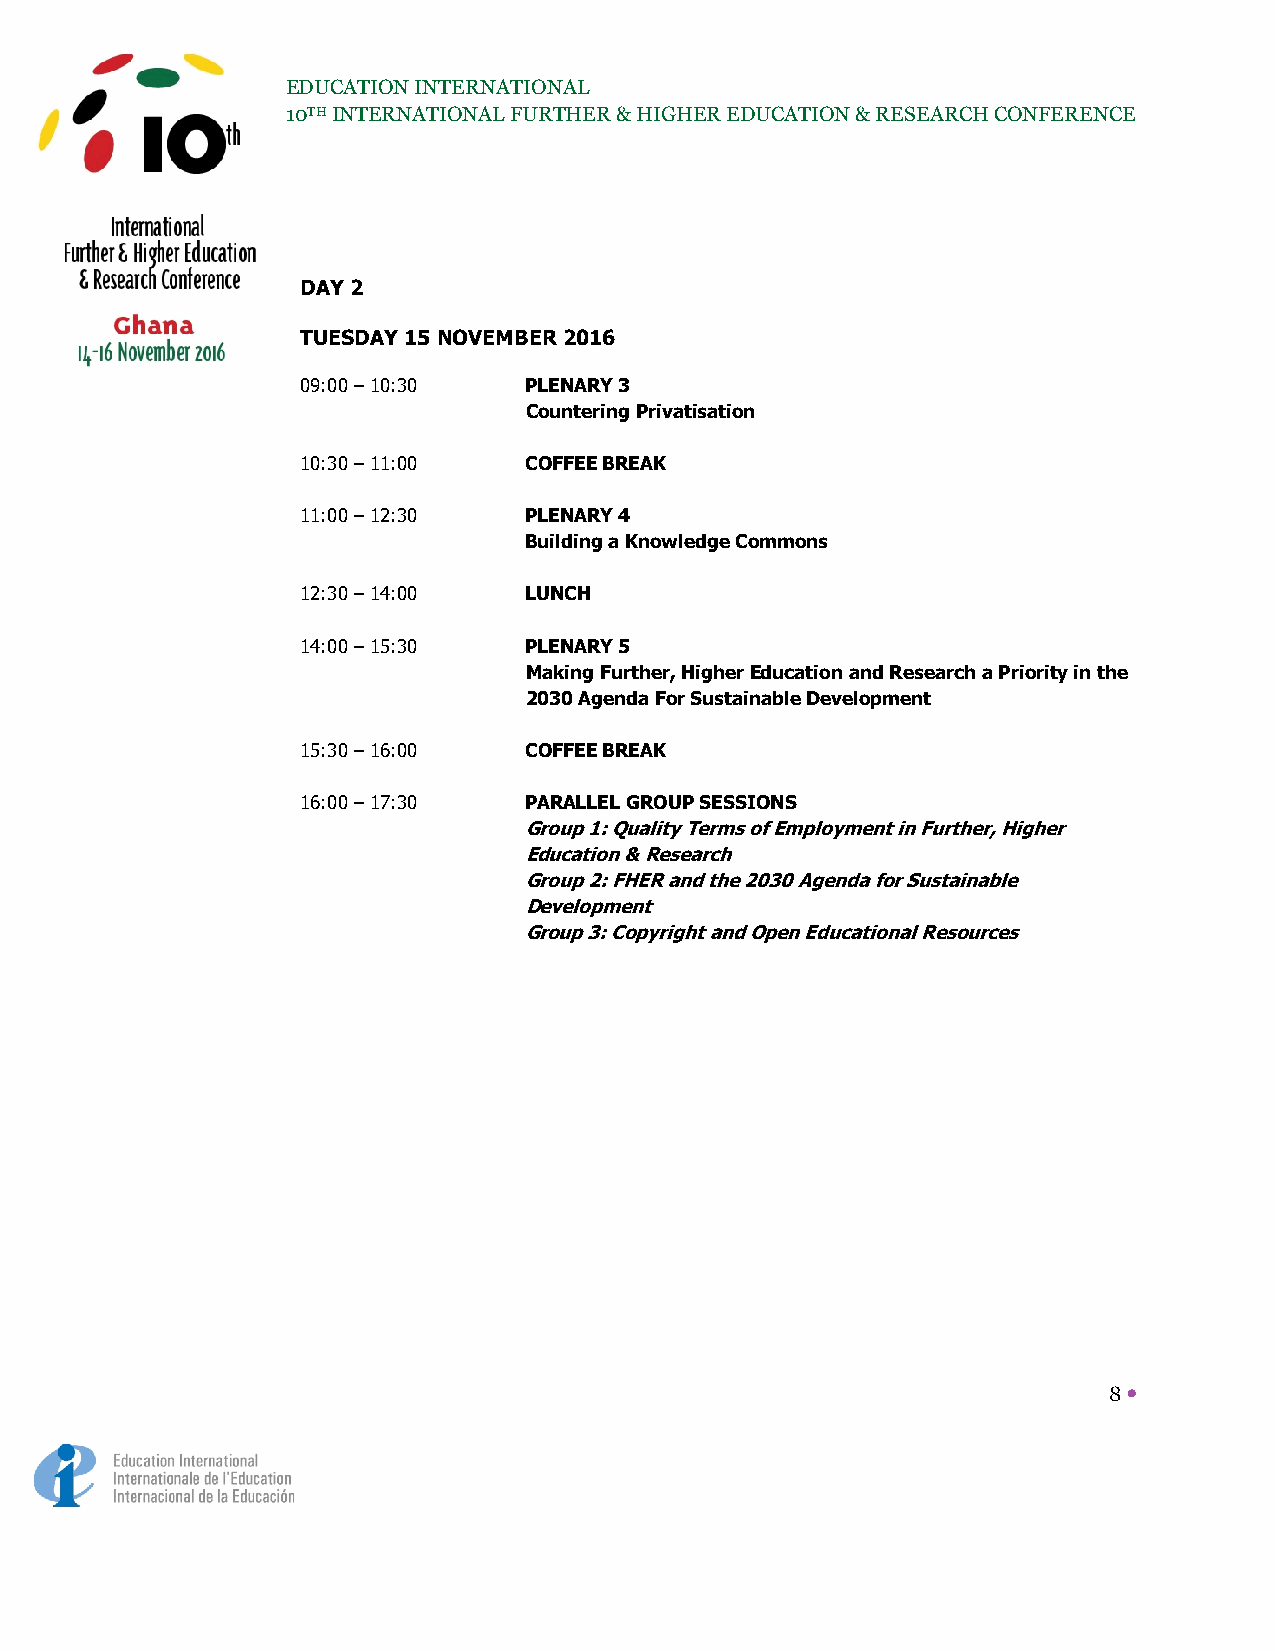
EDUCATION INTERNATIONAL
 10TH INTERNATIONAL FURTHER & HIGHER EDUCATION & RESEARCH CONFERENCE
 DAY 2
 TUESDAY 15 NOVEMBER 2016
 09:00 – 10:30  PLENARY 3
 Countering Privatisation
 10:30 – 11:00  COFFEE BREAK
 11:00 – 12:30  PLENARY 4
 Building a Knowledge Commons
 12:30 – 14:00  LUNCH
 14:00 – 15:30  PLENARY 5
 Making Further, Higher Education and Research a Priority in the
 2030 Agenda For Sustainable Development
 15:30 – 16:00  COFFEE BREAK
 16:00 – 17:30  PARALLEL GROUP SESSIONS
 Group 1: Quality Terms of Employment in Further, Higher
 Education & Research
 Group 2: FHER and the 2030 Agenda for Sustainable
 Development
 Group 3: Copyright and Open Educational Resources
 8 